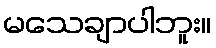
မသေချာပါဘူး။